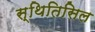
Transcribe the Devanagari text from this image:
स्थितिसिल